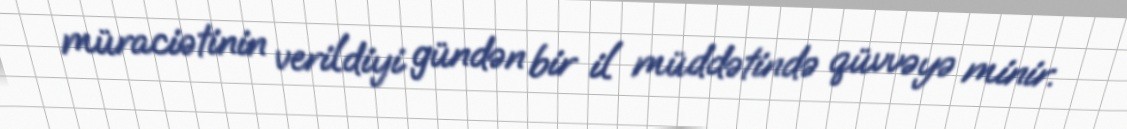
müraciətinin verildiyi gündən bir il müddətində qüvvəyə minir.